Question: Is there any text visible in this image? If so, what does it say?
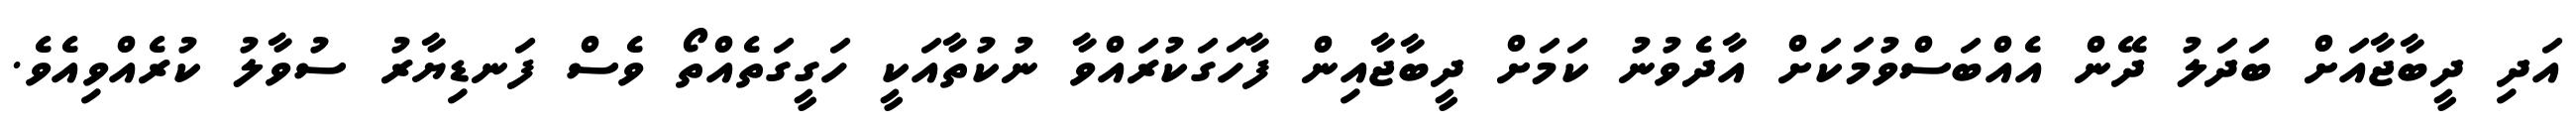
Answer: އަދި ދީބާޖާއަށް ބަދަލު ދޭން އެއްބަސްވުމަކަށް އާދެވުނު ކަމަށް ދީބާޖާއިން ފާހަގަކުރައްވާ ނުކުތާއަކީ ހަގީގަތެއްތޯ ވެސް ފަނޑިޔާރު ސުވާލު ކުރެއްވިއެވެ.